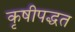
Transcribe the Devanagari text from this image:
कृषीपद्धत